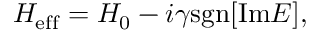
\begin{array} { r } { H _ { \mathrm { e f f } } = H _ { 0 } - i \gamma \mathrm { s g n } [ \mathrm { I m } E ] , } \end{array}